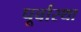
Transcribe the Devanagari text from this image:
पूर्वास्था